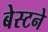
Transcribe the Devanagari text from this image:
बेस्टने